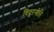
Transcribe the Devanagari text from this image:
विदूरनीति